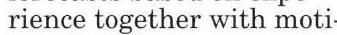
rience together with moti.